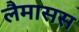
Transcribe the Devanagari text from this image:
लैमासस